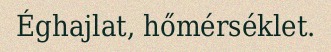
Éghajlat, hőmérséklet.